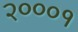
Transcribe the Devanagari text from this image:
२०००१